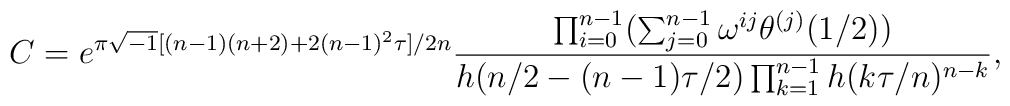
C=e^{\pi\sqrt{-1}[(n-1)(n+2)+2(n-1)^2 \tau ]/2n}\displaystyle\frac{\prod_{i=0}^{n-1} (\sum_{j=0}^{n-1} \omega^{ij} \theta ^{(j)}(1/2))}{h(n/2-(n-1)\tau /2)\prod_{k=1}^{n-1} h(k\tau /n)^{n-k}},